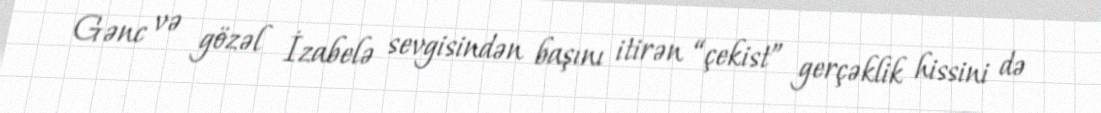
Gənc və gözəl İzabelə sevgisindən başını itirən “çekist” gerçəklik hissini də